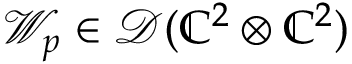
\mathcal { W } _ { p } \in \mathcal { D } ( \mathbb { C } ^ { 2 } \otimes \mathbb { C } ^ { 2 } )